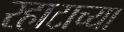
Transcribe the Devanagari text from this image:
रहाटाच्या